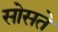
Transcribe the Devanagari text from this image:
सोसते